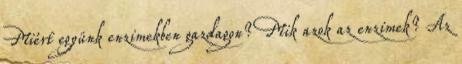
Miért együnk enzimekben gazdagon? Mik azok az enzimek? Az